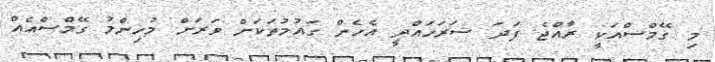
މި ގޭމްސްއަކީ ރާއްޖެ ފަދަ ސަރަހައްދީ އެހެން ގައުމުތަކަށް ވަރަށް މުހިންމު ގޭމްސްއެއް